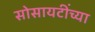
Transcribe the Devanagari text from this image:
सोसायटींच्या